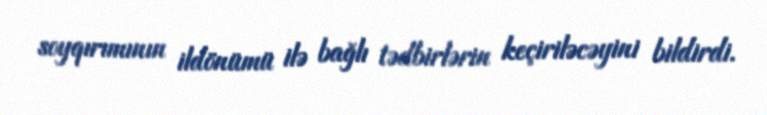
soyqırımının ildönümü ilə bağlı tədbirlərin keçiriləcəyini bildirdi.